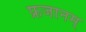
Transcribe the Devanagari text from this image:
फ्रजानम्